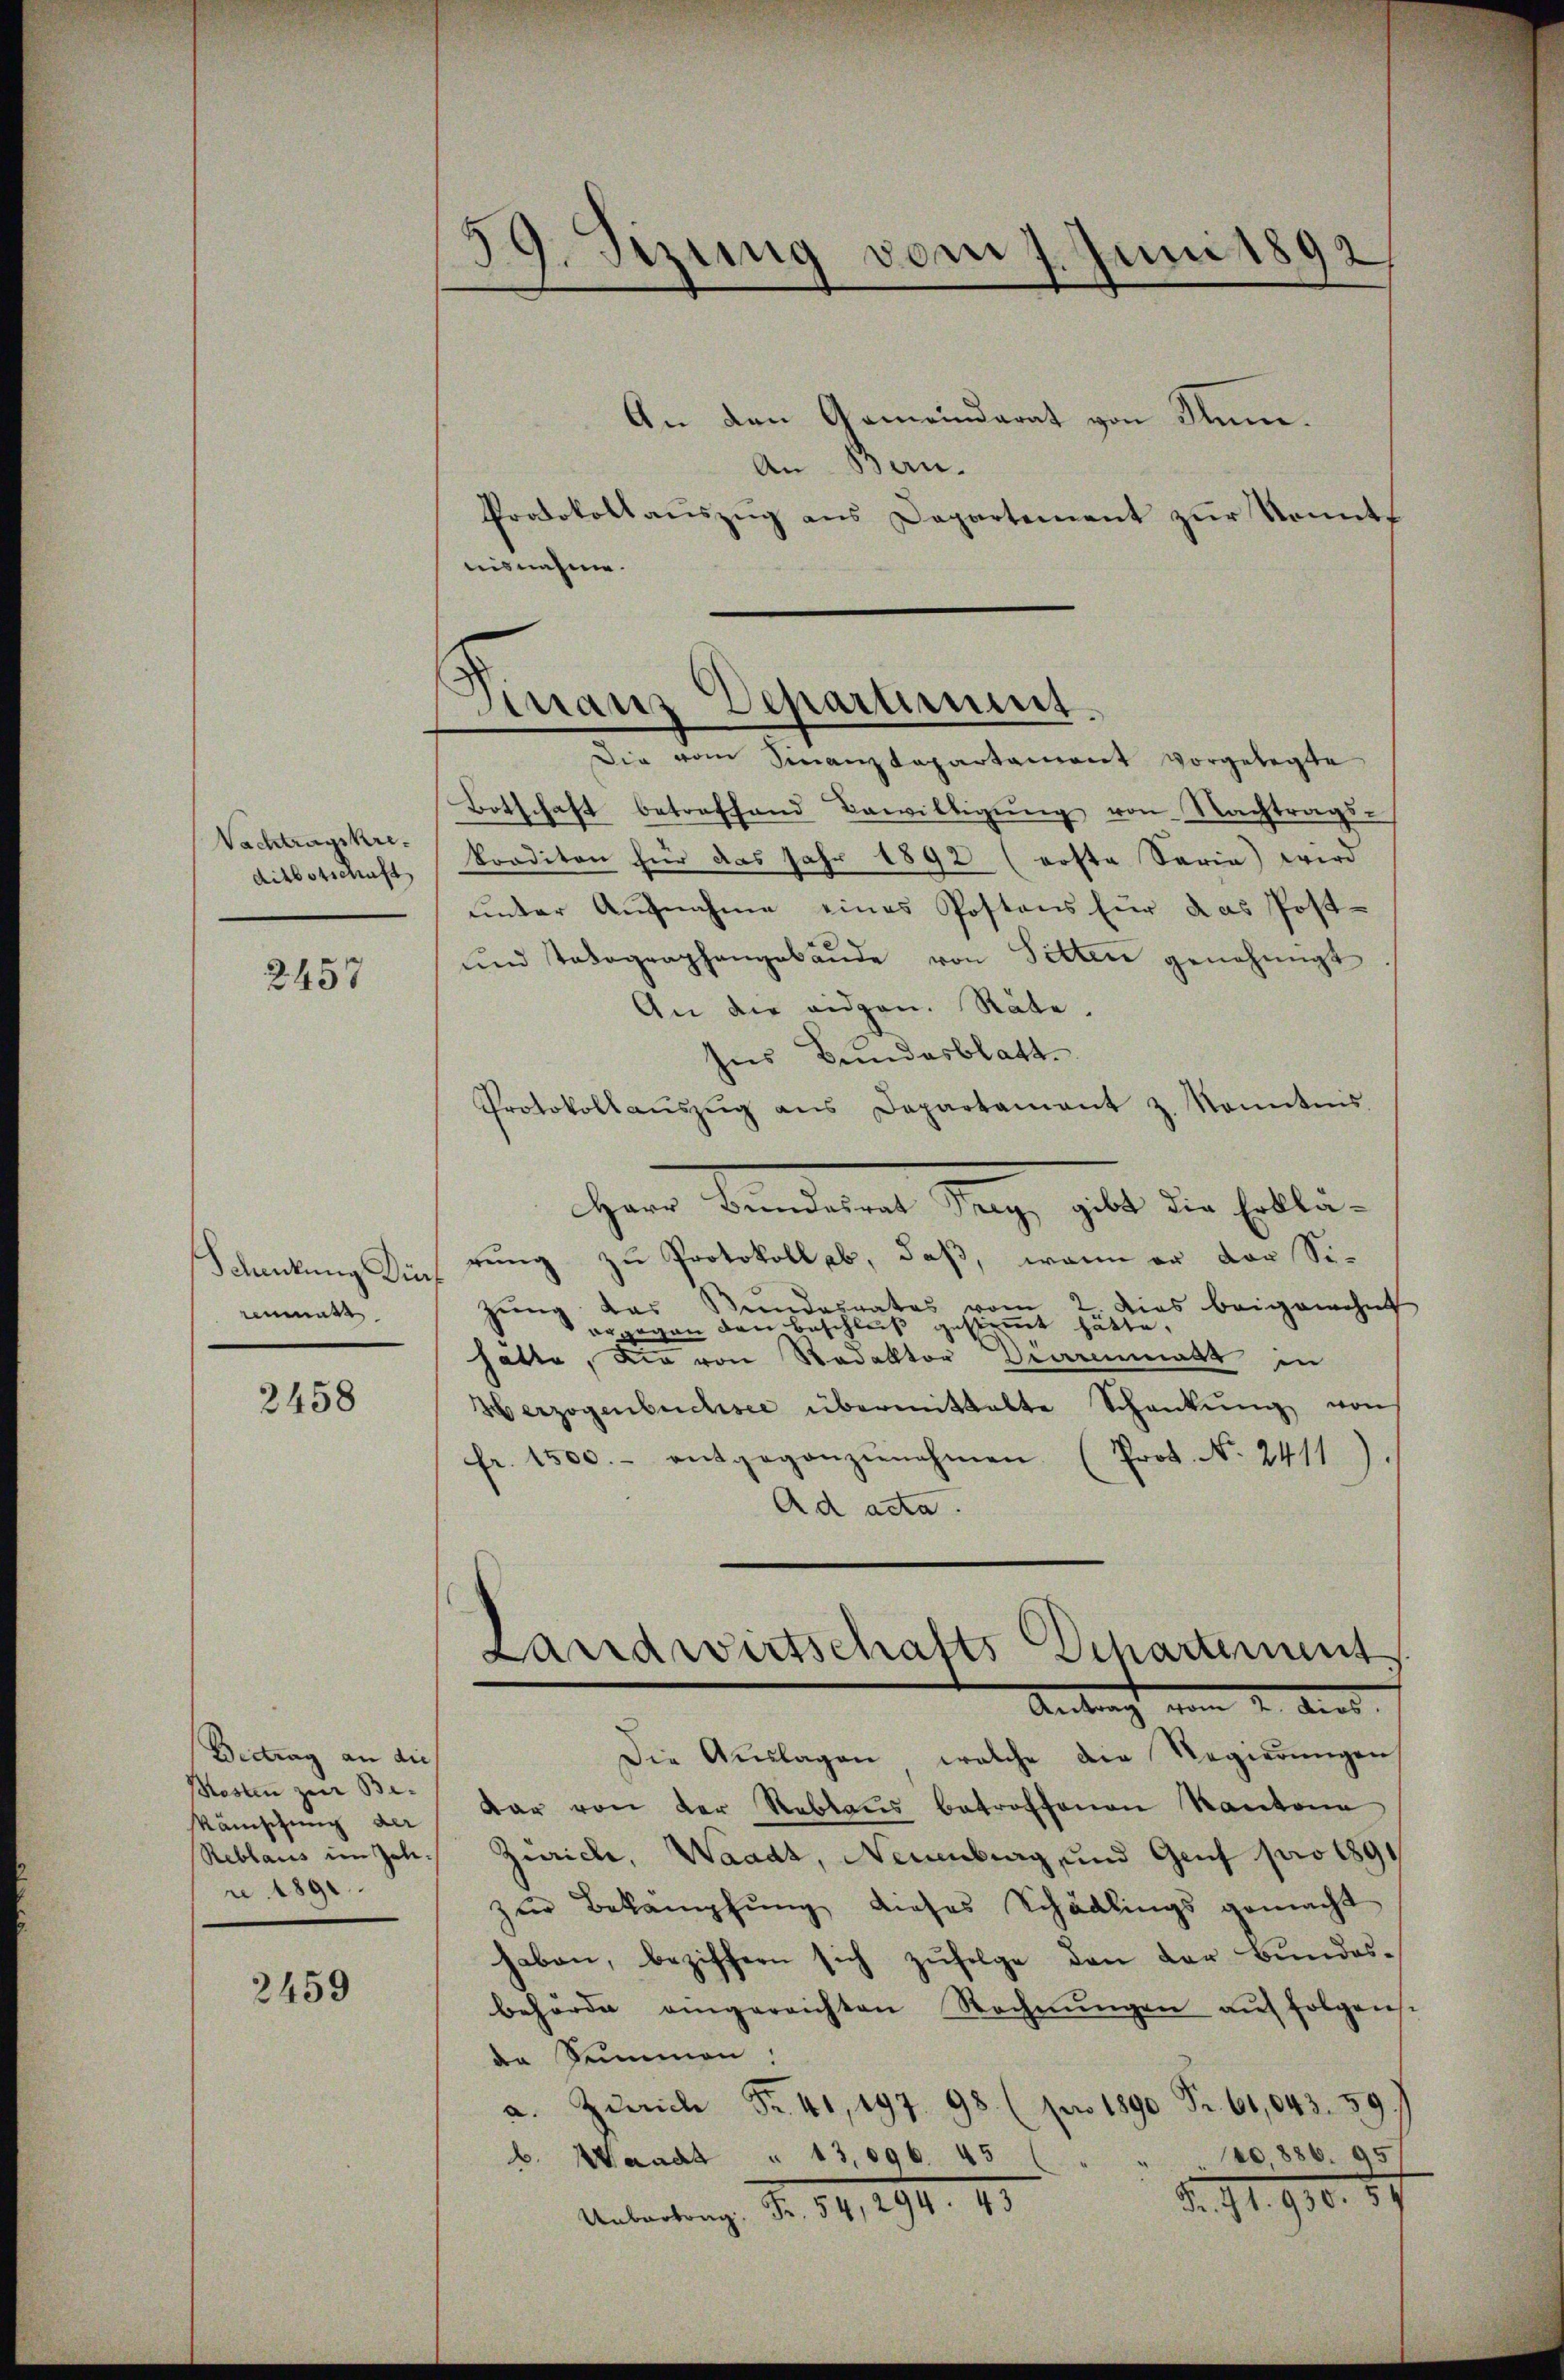
Nachtragskre
dikbotschaft

2457

Schenkung Di
renmatt

2458

Beitrag an dies
osten zur Be¬
Kämischung der
re 1891

2459

59. Sizung vom 7. Juni 1892

An den Gemeinderat von Sum¬
An Bern.
Protokollaŭszŭg ans Departement zur konnt
isnahme.
Die vom Sinanzkapartament vorgelegte
Botschaft betreffend Bewilligung von Nachtrags-
korditen für das Jahr 1892 (erste Seria) wird
unter Aufnahme eines Postens für das Post-
und Totagraphangebäŭde von Sitten genehmigt
An die eidgen. Räte.
Ins Bundesblatt
Protokollaŭszŭg ans Departament z. Sonntnis.
Herr Landeren Tag, galt der Eiblirung zu Protokoll ab, daß, wenn er der Sie
e
2. Dies beigewohnt
gung das Bundesrates vom
orgegen den Beschluß gestimmt hätte,
hatte, die von Redaktor Diarenmatt in
Herzogenbuchsee übermittalte Schankŭng von
fr. 1500.- entgegenzŭnahmen (Prot. No. 2411).
Ad acta.
Antragt vom 2. Aus
Die Aŭslagen, welche die Regierŭngen
dar von der Reblaŭs betroffenen Kantone
Reblaus im Joh. Zürich, Waadt, Neuenburg, und Genf pro 1891
zur Bekämpfung dieses Schädlings gemacht
haben, beziffern sich zufolge den der Bundesbehörde eingereichten Rechnŭngen auf folgens.
de Summen.
a. Zürich Fr. 41, 197. 98 (pro 1890 Fr. 60,043. 59 f
No 886. 95
b. Waadt " 13,096. 45
Fr. 91. 90. 57
Uebertrag: Fr. 54, 294. 43

Finanz Deparument.

Landwirtschafts Departement